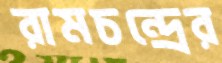
রামচন্দ্রের